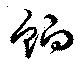
餉